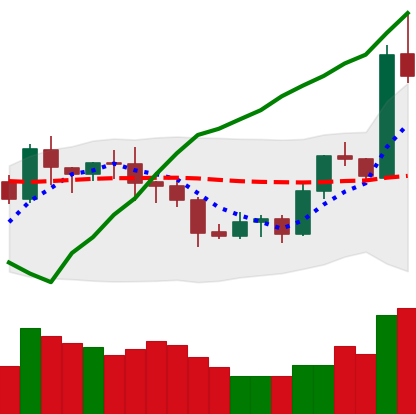
Ticker: LTC-USD
Chart end date: 2020-07-26
Forward return: 20.883%
Label: up_7plus